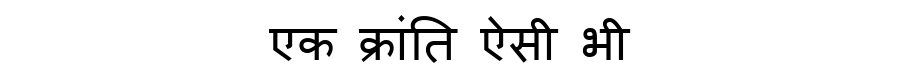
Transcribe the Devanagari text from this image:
एक क्रांति ऐसी भी